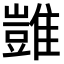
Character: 𩀡